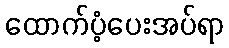
ထောက်ပံ့ပေးအပ်ရာ